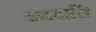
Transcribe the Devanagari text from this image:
वनवासि